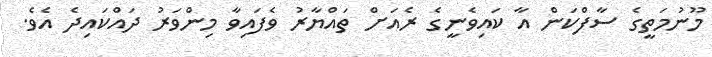
މޫނުމަތީގެ ސާފްކަން އާ ކައިވެނީގެ ރެއަށް ތައްޔާރު ވެފައިވާ މިންވަރު ދައްކައިދެ އެވެ.